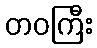
တဝကြီး